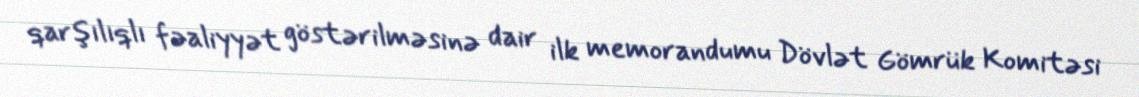
qarşılıqlı fəaliyyət göstərilməsinə dair ilk memorandumu Dövlət Gömrük Komitəsi